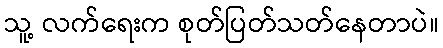
သူ့ လက်ရေးက စုတ်ပြတ်သတ်နေတာပဲ။